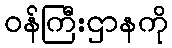
ဝန်ကြီးဌာနကို